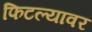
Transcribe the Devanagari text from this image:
फिटल्यावर